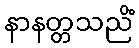
နာနတ္တသညိံ